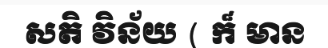
សតិ វិន័យ ( ក៏ មាន